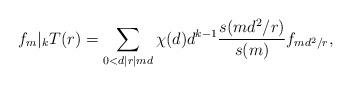
LaTeX: \begin{align*}f_m|_kT(r)&=\sum_{0<d\mid r\mid md}\chi(d)d^{k-1}\frac{s(md^2/r)}{s(m)}f_{md^2/r},\end{align*}